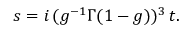
s = i \, ( g ^ { - 1 } \Gamma ( 1 - g ) ) ^ { 3 } \, t .